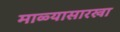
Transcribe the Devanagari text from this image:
माळ्यासारखा